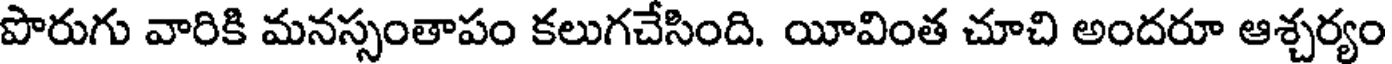
పొరుగు వారికి మనస్సంతాపం కలుగచేసింది. యీవింత చూచి అందరూ ఆశ్చర్యం